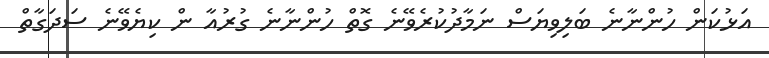
އަޅުކަން ހުންނާނެ ބަލިވިޔަސް ނަމާދުކުރެވޭނެ ގޮތް ހުންނާނެ ގުރުއާ ން ކިޔެވޭނެ ސަދަގާތް